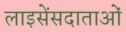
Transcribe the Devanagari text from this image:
लाइसेंसदाताओं